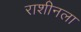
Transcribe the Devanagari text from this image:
राशीनला